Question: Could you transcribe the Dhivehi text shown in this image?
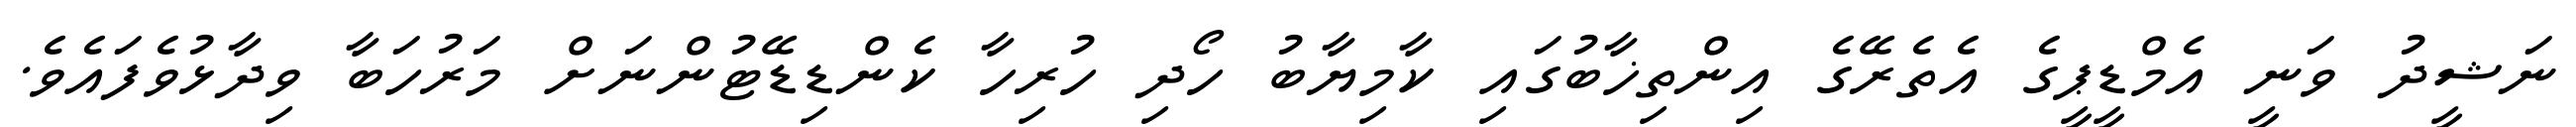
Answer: ނަޝީދު ވަނީ އެމްޑީޕީގެ އެތެރޭގެ އިންތިޚާބުގައި ކާމިޔާބު ހޯދި ހުރިހާ ކެންޑިޑޭޓުންނަށް މަރުހަބާ ވިދާޅުވެފައެވެ.